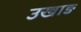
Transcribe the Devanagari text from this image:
उखाङ